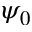
\psi _ { 0 }